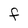
Character: f